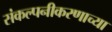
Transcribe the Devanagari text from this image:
संकल्पनीकरणाच्या